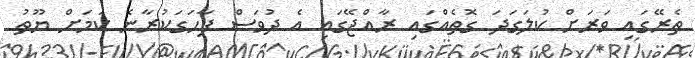
ތެރޭގައި ވަރަށް ކުލަގަދަ ގޮތެއްގައި ރާއްޖޭގައި އެ ދުވަސް ފާހަގަކުރާނެ ކަމަށް ޔޫތު